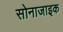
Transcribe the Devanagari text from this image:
सोनाजाइक